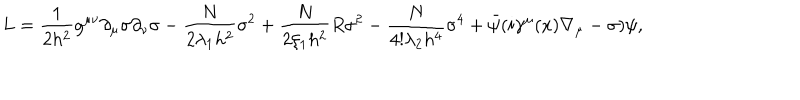
LaTeX: L = \frac { 1 } { 2 h ^ { 2 } } g ^ { \mu \nu } \partial _ { \mu } \sigma \partial _ { \nu } \sigma - \frac { N } { 2 \lambda _ { 1 } h ^ { 2 } } \sigma ^ { 2 } + \frac { N } { 2 \xi _ { 1 } h ^ { 2 } } R \sigma ^ { 2 } - \frac { N } { 4 ! \lambda _ { 2 } h ^ { 4 } } \sigma ^ { 4 } + \bar { \psi } ( i \gamma ^ { \mu } ( x ) \nabla _ { \mu } - \sigma ) \psi ,